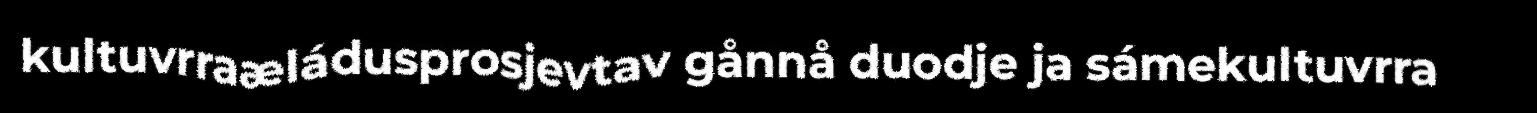
kultuvrraæládusprosjevtav gånnå duodje ja sámekultuvrra